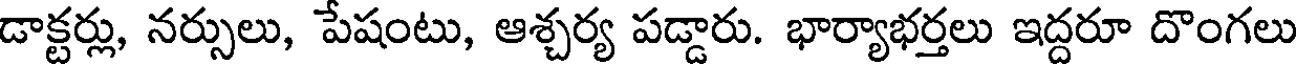
డాక్టర్లు, నర్సులు, పేషంటు, ఆశ్చర్య పడ్డారు. భార్యాభర్తలు ఇద్దరూ దొంగలు